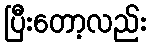
ပြီးတော့လည်း